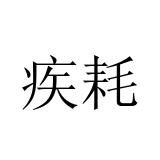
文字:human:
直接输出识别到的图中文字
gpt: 疾耗